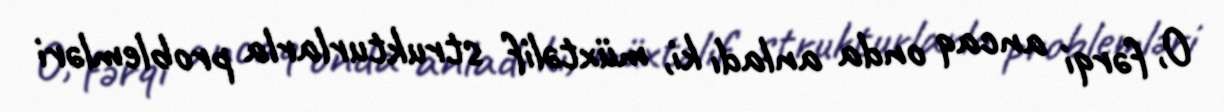
O, fərqi ancaq onda anladı ki, müxtəlif strukturlarla problemləri